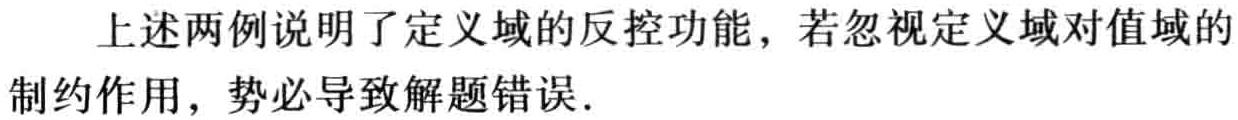
上述两例说明了定义域的反控功能，若忽视定义域对值域的

制约作用，势必导致解题错误．